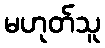
မဟုတ်သူ